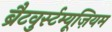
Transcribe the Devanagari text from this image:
ब्रैटवुर्स्टम्यूज़ियम